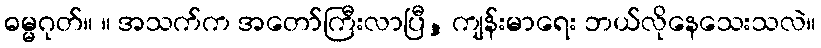
ဓမ္မဂုတ်။ ။ အသက်က အတော်ကြီးလာပြီ, ကျန်းမာရေး ဘယ်လိုနေသေးသလဲ။